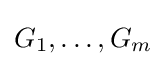
G_{1},\dots ,G_{m}